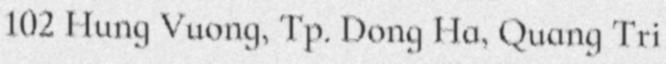
102 Hung Vuong, Tp. Dong Ha, Quang Tri